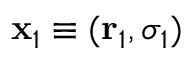
\mathbf { x } _ { 1 } \equiv ( \mathbf { r } _ { 1 } , \sigma _ { 1 } )